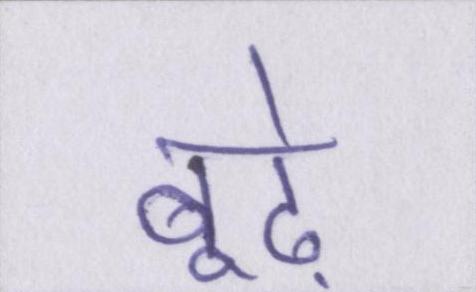
बूढ़े